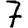
Digit: 7